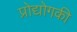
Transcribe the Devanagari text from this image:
प्रोद्योगकी